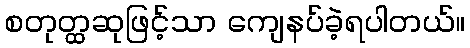
စတုတ္ထဆုဖြင့်သာ ကျေနပ်ခဲ့ရပါတယ်။